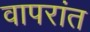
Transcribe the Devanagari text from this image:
वापरांत